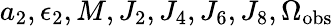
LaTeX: a_{2},\epsilon_{2},M,J_{2},J_{4},J_{6},J_{8},\Omega_{\mathrm{obs}}